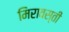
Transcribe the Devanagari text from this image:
मिरावस्ती